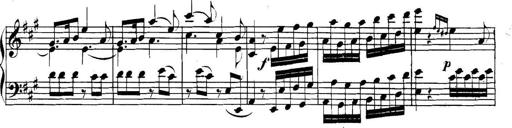
Title: Collected Piano Sonatas
Composer: Muzio Clementi